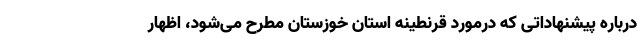
درباره پیشنهاداتی که درمورد قرنطینه استان خوزستان مطرح می‌شود، اظهار